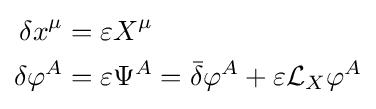
{\begin{aligned}\delta x^{\mu }&=\varepsilon X^{\mu }\\\delta \varphi ^{A}&=\varepsilon \Psi ^{A}={\bar {\delta }}\varphi ^{A}+\varepsilon {\mathcal {L}}_{X}\varphi ^{A}\end{aligned}}